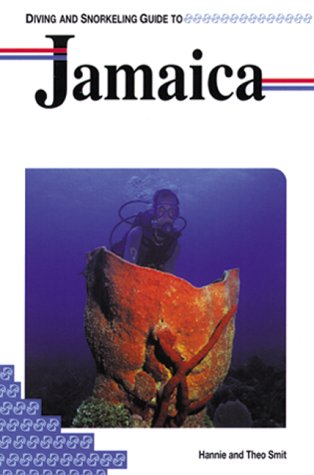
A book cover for Diving and Snorkeling Guide to Jamaica (Lonely Planet Diving & Snorkeling Great Barrier Reef); Hannie Smit; Travel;